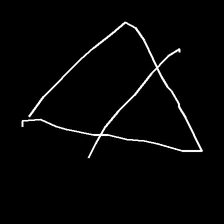
Glyph: empower